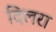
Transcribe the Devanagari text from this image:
दिलरा